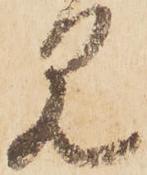
見